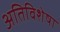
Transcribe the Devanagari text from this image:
अतिविशेषा